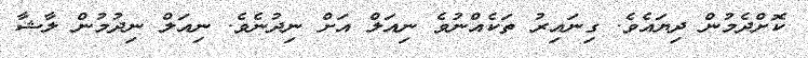
ކޮށްދެމުން ދިޔައެވެ. ގިނައިރު ތަކެއްނުވެ ނިއަލް އަށް ނިދުނެވެ. ނިއަލް ނިދުމުން ލާޝާ